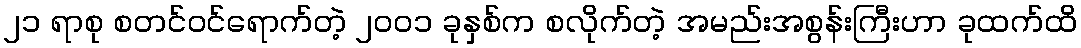
၂၁ ရာစု စတင်ဝင်ရောက်တဲ့ ၂၀၀၁ ခုနှစ်က စလိုက်တဲ့ အမည်းအစွန်းကြီးဟာ ခုထက်ထိ